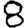
Digit: 8